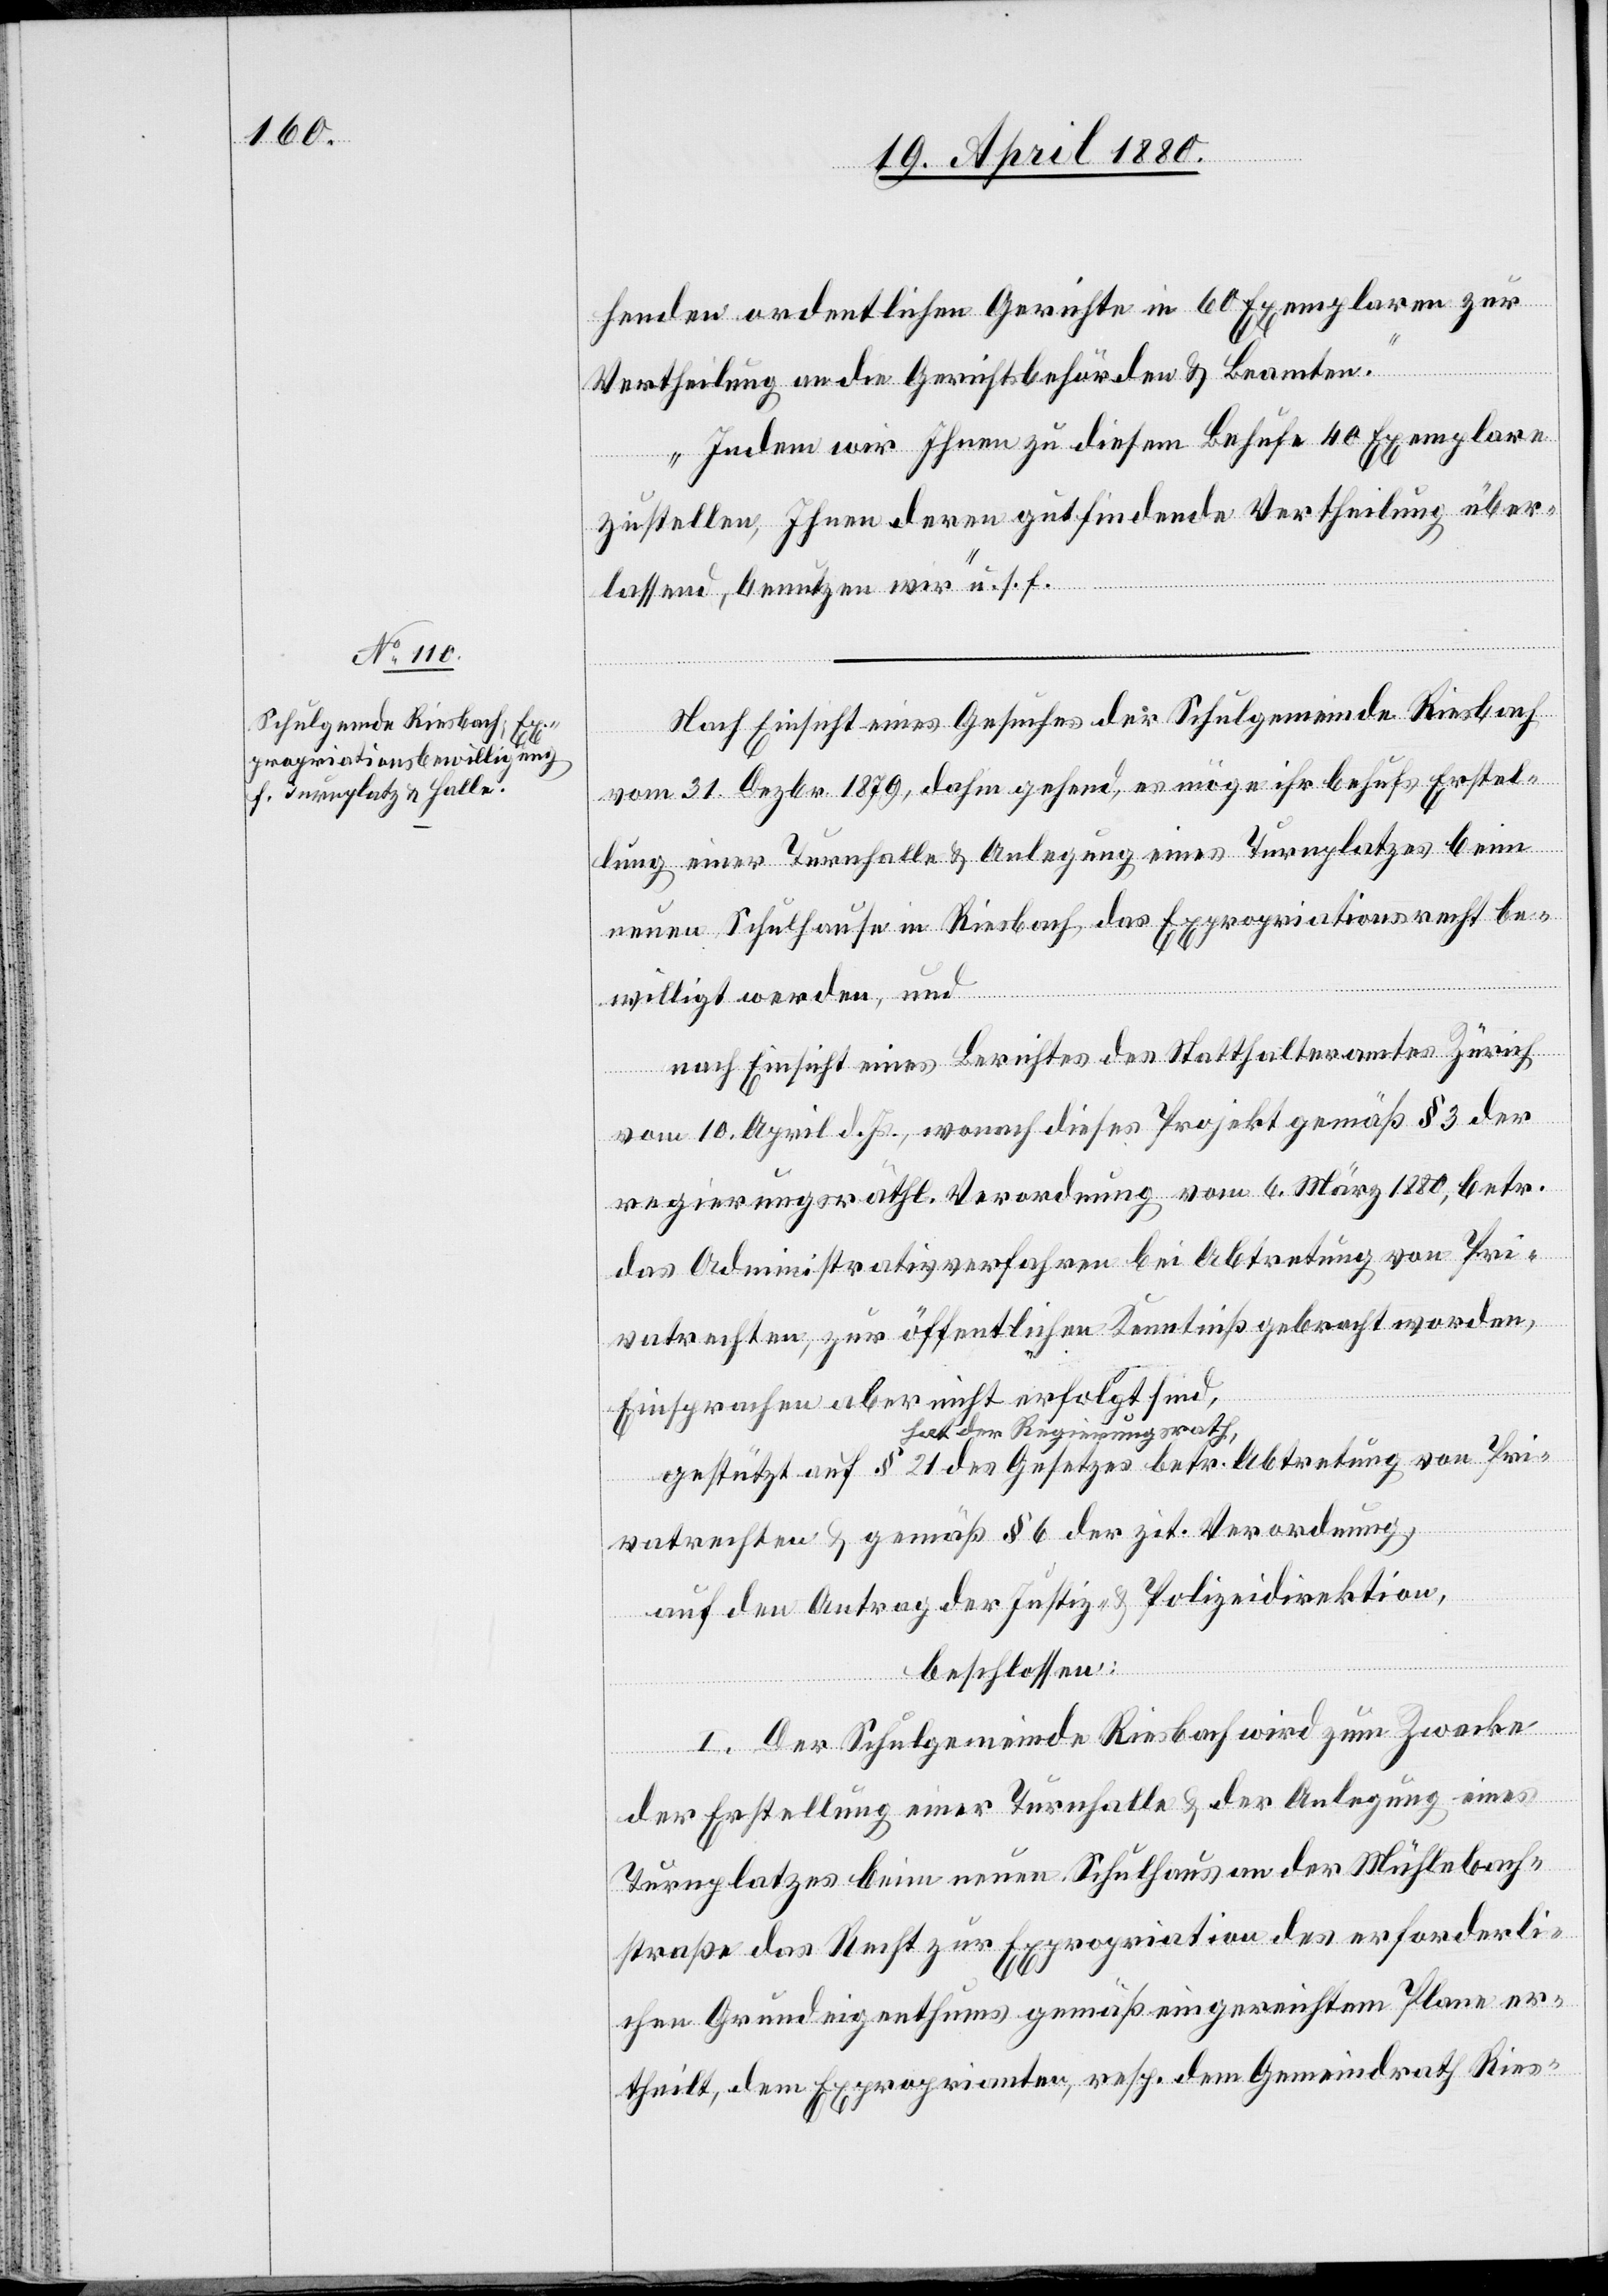
Nach Einsicht eines Gesuches der Schulgemeinde Riesbach
vom 31. Dezbr. 1879, dahin gehend, es möge ihr behufs Erstel¬
lung einer Turnhalle & Anlegung eines Turnplatzes beim
neuen Schulhause in Riesbach das Expropriationsrecht be¬
willigt werden, und
nach Einsicht eines Berichtes des Statthalteramtes Zürich
vom 10. April d. Js., wonach dieses Projekt gemäß § 3 der
regierungsräthl. Verordnung vom 6. März 1880, betr.
das Administrativverfahren bei Abtretung von Pri¬
vatrechten, zur öffentlichen Kenntniß gebracht worden,
Einsprachen aber nicht erfolgt sind,
hat der Regierungsrath,
gestützt auf § 21 des Gesetzes betr. Abtretung von Pri¬
vatrechten & gemäß § 6 der zit. Verordnung,
auf den Antrag der Justiz- & Polizeidirektion,
beschlossen:
I. Der Schulgemeinde Riesbach wird zum Zwecke
der Erstellung einer Turnhalle & der Anlegung eines
Turnplatzes beim neuen Schulhaus an der Mühlebach¬
straße das Recht zur Expropriation des erforderli¬
chen Grundeigenthums gemäß eingereichtem Plane er¬
theilt, dem Exproprianten, resp. dem Gemeindrath Ries-